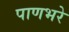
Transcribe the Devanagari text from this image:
पाणभरे